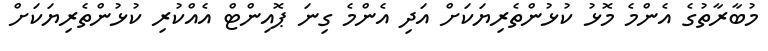
މުބާރާތުގެ އެންމެ މޮޅު ކުޅުންތެރިޔަކަށް އަދި އެންމެ ގިނަ ޕޮއިންޓް އެއްކުރި ކުޅުންތެރިޔަކަށް